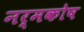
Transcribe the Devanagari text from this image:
नर्मकोष